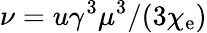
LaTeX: \nu=u\gamma^{3}\mu^{3}/(3\chi_{\mathrm{e}})